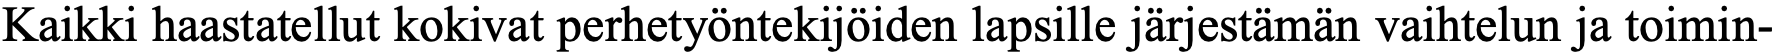
Kaikki haastatellut kokivat perhetyöntekijöiden lapsille järjestämän vaihtelun ja toimin-